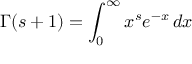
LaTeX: \Gamma ( s + 1 ) = \int _ { 0 } ^ { \infty } x ^ { s } e ^ { - x } \, d x